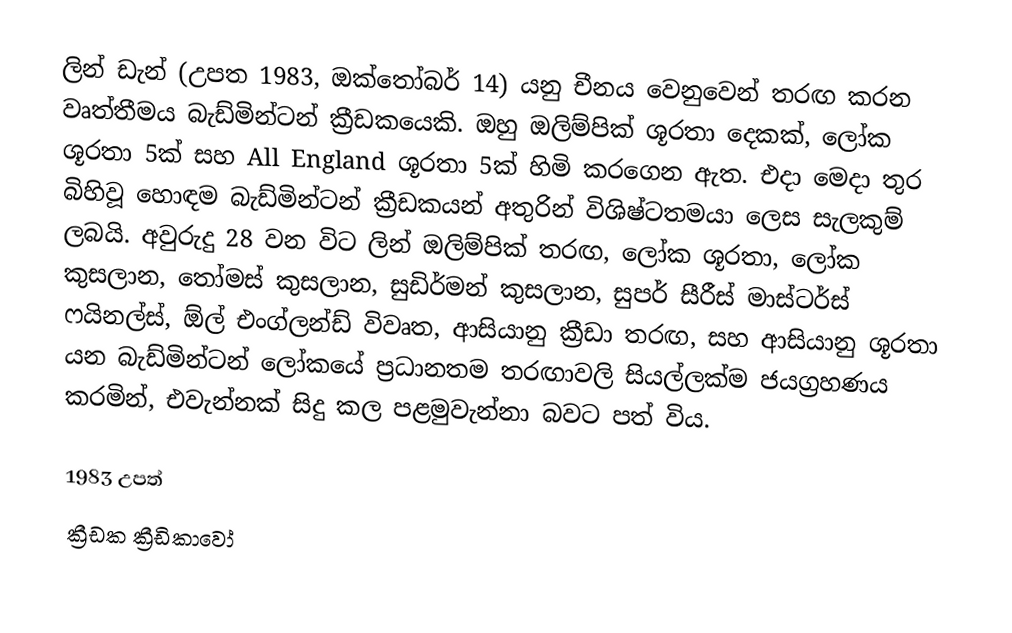
ලින් ඩැන් (උපත 1983, ඔක්තෝබර් 14) යනු චීනය වෙනුවෙන් තරඟ කරන වෘත්තීමය බැඩ්මින්ටන් ක්‍රීඩකයෙකි. ඔහු ඔලිම්පික් ශූරතා දෙකක්, ලෝක ශූරතා 5ක් සහ All England ශූරතා 5ක් හිමි කරගෙන ඇත. එදා මෙදා තුර බිහිවූ හොඳම බැඩ්මින්ටන් ක්‍රීඩකයන් අතුරින් විශිෂ්ටතමයා ලෙස සැලකුම් ලබයි. අවුරුදු 28 වන විට ලින් ඔලිම්පික් තරඟ, ලෝක ශූරතා, ලෝක කුසලාන, තෝමස් කුසලාන, සුඩිර්මන් කුසලාන, සුපර් සීරීස් මාස්ටර්ස් ෆයිනල්ස්, ඕල් එංග්ලන්ඩ් විවෘත, ආසියානු ක්‍රීඩා තරඟ, සහ ආසියානු ශූරතා යන බැඩ්මින්ටන් ලෝකයේ ප්‍රධානතම තරඟාවලි සියල්ලක්ම ජයග්‍රහණය කරමින්, එවැන්නක් සිදු කල පළමුවැන්නා බවට පත් විය.

1983 උපත්
ක්‍රීඩක ක්‍රීඩිකාවෝ